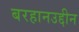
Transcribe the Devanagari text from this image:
बरहानउद्दीन